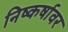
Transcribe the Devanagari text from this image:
निष्कर्षावर